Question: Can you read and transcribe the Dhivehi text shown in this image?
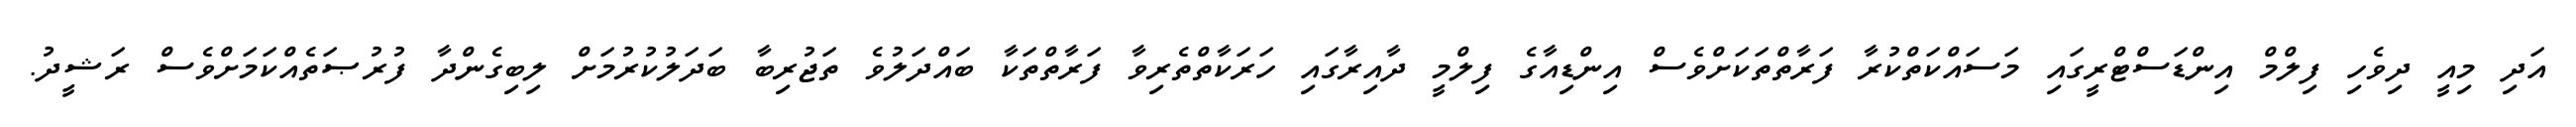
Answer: އަދި މިއީ ދިވެހި ފިލްމް އިންޑަސްޓްރީގައި މަސައްކަތްކުރާ ފަރާތްތަކަށްވެސް އިންޑިއާގެ ފިލްމީ ދާއިރާގައި ހަރަކާތްތެރިވާ ފަރާތްތަކާ ބައްދަލުވެ ތަޖުރިބާ ބަދަލުކުރުމަށް ލިބިގެންދާ ފުރުޞަތެއްކަމަށްވެސް ރަޝީދު.